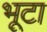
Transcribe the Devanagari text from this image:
भूटा